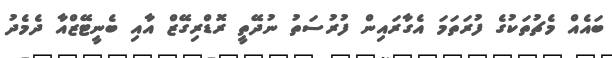
ބައެއް މެޗުތަކުގެ ފުރަތަމަ އެގާރައިން ފުރުސަތު ނުދޭތީ ރޮޑްރިގޭޒް އާއި ބެނީޓޭޒްއާ ދެމެދު